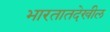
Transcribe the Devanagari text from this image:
भारतातदेखील